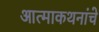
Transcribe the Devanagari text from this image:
आत्माकथनांचे